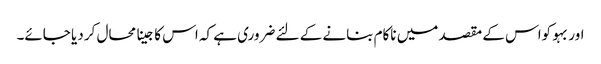
اور بہو کواس کے مقصد میں ناکام بنانے کے لئے ضروری ہے کہ اس کا جینا محال کر دیا جائے۔